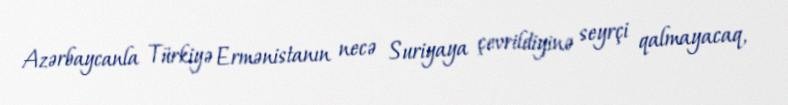
Azərbaycanla Türkiyə Ermənistanın necə Suriyaya çevrildiyinə seyrçi qalmayacaq,